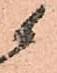
候